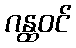
ဂန္ထဝင်